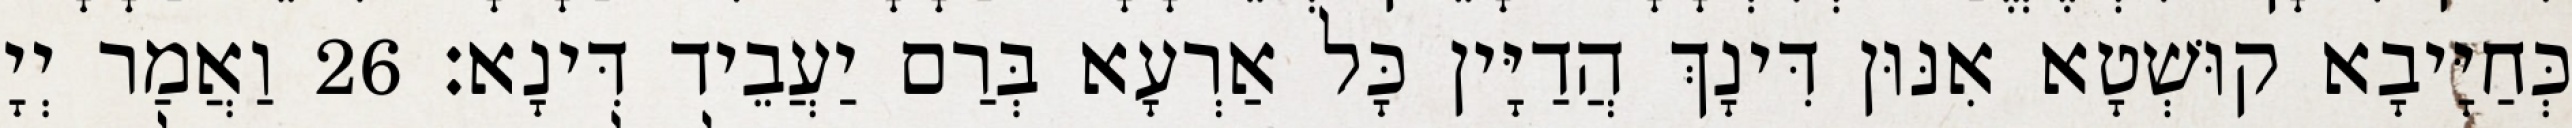
כְּחַיָּיבָא קוּשְׁטָא אִנּוּן דִּינָךְ הֲדַיָּין כָּל אַרְעָא בְּרַם יַעֲבֵיד דִּינָא׃ 26 וַאֲמַר יְיָ